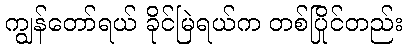
ကျွန်တော်ရယ် ခိုင်မြဲရယ်က တစ်ပြိုင်တည်း